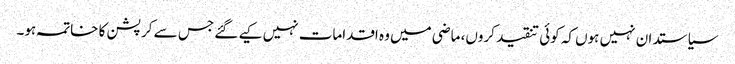
سیاستدان نہیں ہوں کہ کوئی تنقید کروں، ماضی میں وہ اقدامات نہیں کیے گئے جس سے کرپشن کا خاتمہ ہو۔